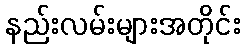
နည်းလမ်းများအတိုင်း